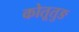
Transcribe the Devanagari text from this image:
कोतूतुङ